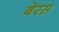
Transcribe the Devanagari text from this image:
बेरस